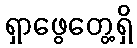
ရှာဖွေတွေ့ရှိ